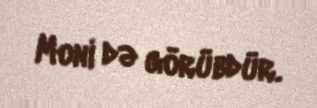
Moni də görübdür.